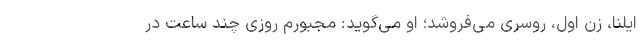
ایلنا، زن اول، روسری می‌فروشد؛ او می‌گوید: مجبورم روزی چند ساعت در